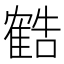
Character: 𬯱